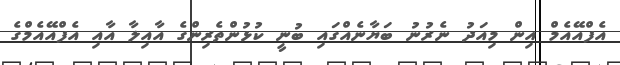
އެފްއޭއެމް އިން މިއަދު ނެރުނު ބަޔާނެއްގައި ބުނީ ކުޅުންތެރިންގެ އާއިލާ އާއި އެފްއޭއެމްގެ